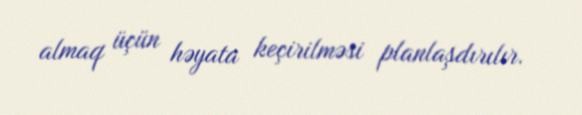
almaq üçün həyata keçirilməsi planlaşdırılır.